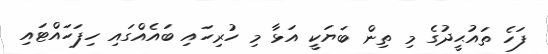
ފަހެ ތައުޙީދުގެ މި ތިން ބަޔަކީ އަޅާ މި ހުރިހައި ބައެއްގައި ހިފަހައްޓައި